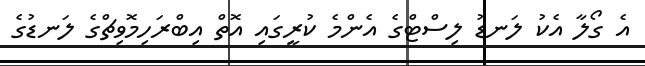
އެ ގޯލާ އެކު ލަނޑު ލިސްޓްގެ އެންމެ ކުރީގައި އޮތް އިބްރަހިމޮވިޗްގެ ލަނޑުގެ